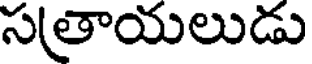
సతాయలుడు